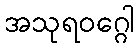
အသုရဝဂ္ဂေါ